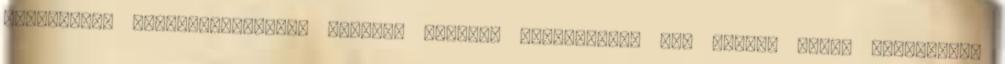
elhaladtam mellettük.Gonosz ötletem támadt. Megviccelem egy kicsit őket, gondoltam,